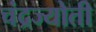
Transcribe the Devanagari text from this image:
चंद्रज्योती